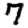
Digit: 7